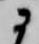
に